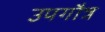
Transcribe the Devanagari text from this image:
उपगौत्र